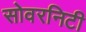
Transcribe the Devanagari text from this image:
सोवरनिटी